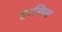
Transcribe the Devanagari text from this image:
हासिब